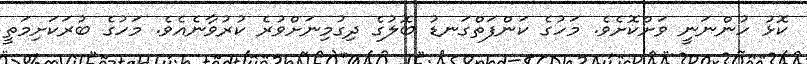
ކޮޅު ހުންނަނީ ވަށްކޮށެވެ. މަހުގެ ކަންފަތްގަނޑު ބޮލުގެ ދިގުމިނަށްވުރެ ކުރުވާނެއެވެ. މަހުގެ ބުރަކަށިމަތީ